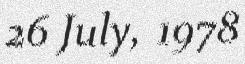
26 July, 1978